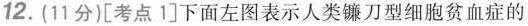
12.(11分)[考点1]下面左图表示人类镰刀型细胞贫血症的